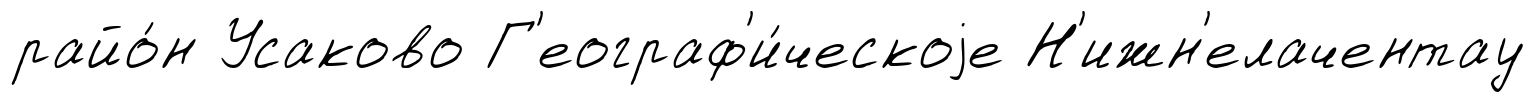
райо́н Усаково Г'еограф'и́ческоjе Н'ижн'елачентау